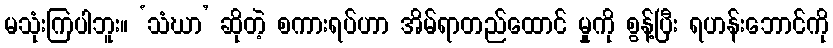
မသုံးကြပါဘူး။ ‘သံဃာ’ ဆိုတဲ့ စကားရပ်ဟာ အိမ်ရာတည်ထောင် မှုကို စွန့်ပြီး ရဟန်းဘောင်ကို